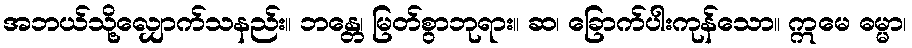
အဘယ်သို့လျှောက်သနည်း။ ဘန္တေ၊ မြတ်စွာဘုရား။ ဆ၊ ခြောက်ပါးကုန်သော။ ဣမေ ဓမ္မာ၊